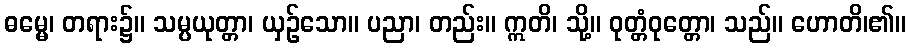
ဓမ္မေ၊ တရား၌။ သမ္ပယုတ္တာ၊ ယှဉ်သော။ ပညာ၊ တည်း။ ဣတိ၊ သို့။ ဝုတ္တံဝုတ္တော၊ သည်။ ဟောတိ၊၏။